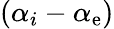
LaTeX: (\alpha_{i}-\alpha_{\mathrm{e}})